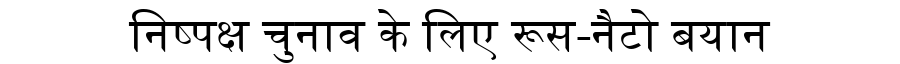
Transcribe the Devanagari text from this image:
निष्पक्ष चुनाव के लिए रूस-नैटो बयान